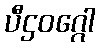
ပီဌဝဂ္ဂေါ